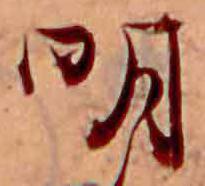
明